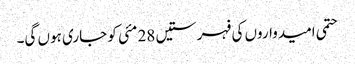
حتمی امیدواروں کی فہرستیں 28 مئی کو جاری ہوں گی۔